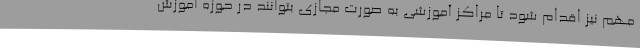
مهم نیز اقدام شود تا مراکز آموزشی به صورت مجازی بتوانند در حوزه آموزش